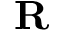
\mathbf { R }